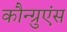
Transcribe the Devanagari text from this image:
कौन्ग्रुएंस